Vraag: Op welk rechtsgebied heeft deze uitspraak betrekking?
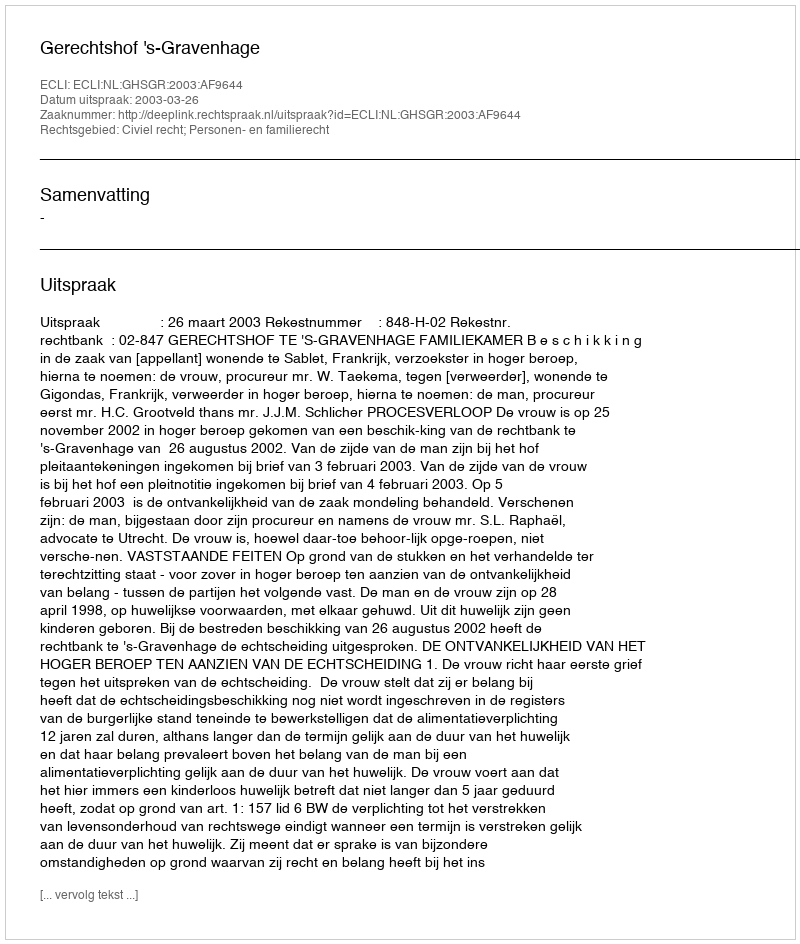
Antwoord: Civiel recht; Personen- en familierecht